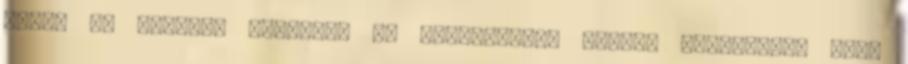
éppen én vagyok? Úristen, az ártatlannak látszó rendelésem Nem,